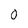
Character: 0